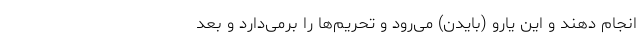
انجام دهند و این یارو (بایدن) می‌رود و تحریم‌ها را برمی‌دارد و بعد